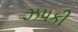
ઝપકી